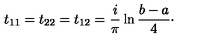
t _ { 1 1 } = t _ { 2 2 } = t _ { 1 2 } = { \frac { i } { \pi } } \ln { \frac { b - a } { 4 } } \cdotp